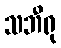
သဘီရု